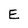
Character: E